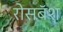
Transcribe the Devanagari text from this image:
रोसबॅश